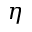
\eta